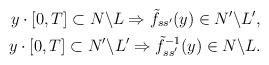
LaTeX: \begin{align*} y \cdot [0, T] \subset N \backslash L \Rightarrow \tilde{f}_{ss'}(y) \in N' \backslash L', \\ y \cdot [0, T] \subset N' \backslash L' \Rightarrow \tilde{f}^{-1}_{ss'}(y) \in N \backslash L. \end{align*}